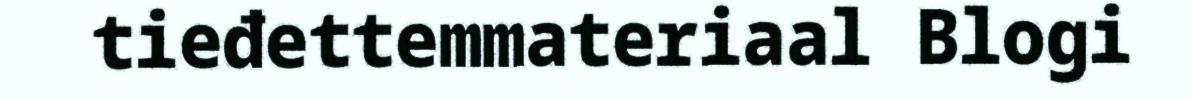
tieđettemmateriaal Blogi